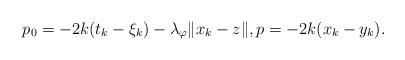
LaTeX: \begin{align*}p_0 = - 2 k (t_k - \xi_k) - \lambda_\varphi \|x_k - z\|,p = - 2 k (x_k - y_k).\end{align*}